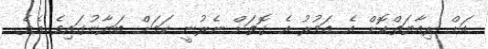
އަށް ރިއާޔަތްކޮށް އެ އަމުރު އެ ގޮތަށް ނެރުނީ ކަމަށް ބަޔާނުގައިވެ އެވެ.